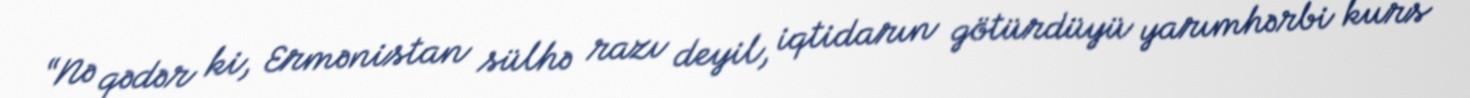
“Nə qədər ki, Ermənistan sülhə razı deyil, iqtidarın götürdüyü yarımhərbi kurs